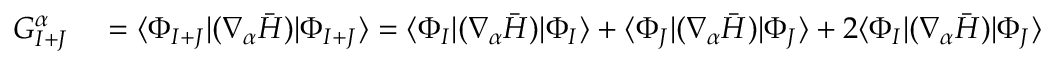
\begin{array} { r l } { G _ { I + J } ^ { \alpha } } & { { } = \langle \Phi _ { I + J } | ( \nabla _ { \alpha } \bar { H } ) | \Phi _ { I + J } \rangle = \langle \Phi _ { I } | ( \nabla _ { \alpha } \bar { H } ) | \Phi _ { I } \rangle + \langle \Phi _ { J } | ( \nabla _ { \alpha } \bar { H } ) | \Phi _ { J } \rangle + 2 \langle \Phi _ { I } | ( \nabla _ { \alpha } \bar { H } ) | \Phi _ { J } \rangle } \end{array}